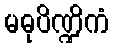
မဓုပိဏ္ဍိကံ